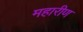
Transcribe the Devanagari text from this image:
महारीण